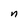
Character: n